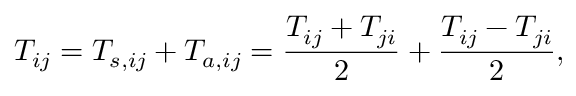
T _ { i j } = T _ { s , i j } + T _ { a , i j } = \frac { T _ { i j } + T _ { j i } } { 2 } + \frac { T _ { i j } - T _ { j i } } { 2 } ,